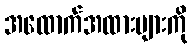
အထောက်အထားများကို